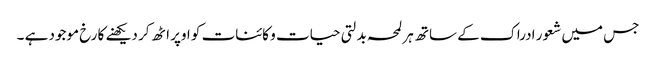
جس میں شعور ادراک کے ساتھ ہر لمحہ بدلتی حیات و کائنات کو اوپر اٹھ کر دیکھنے کا رخ موجود ہے ۔